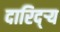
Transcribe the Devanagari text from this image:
दारिद्‌ऱ्य